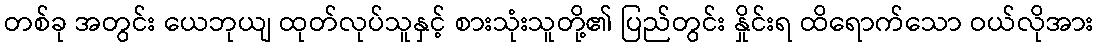
တစ်ခု အတွင်း ယေဘုယျ ထုတ်လုပ်သူနှင့် စားသုံးသူတို့၏ ပြည်တွင်း နှိုင်းရ ထိရောက်သော ဝယ်လိုအား